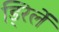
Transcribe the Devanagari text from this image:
ड्रिलें